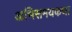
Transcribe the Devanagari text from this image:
अभिसमयकथा